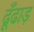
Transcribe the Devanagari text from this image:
ढूँढाड़